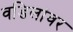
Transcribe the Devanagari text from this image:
वडिलांवर